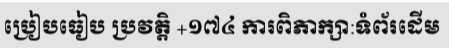
ប្រៀបធៀប ប្រវត្តិ +១៧៤ ការពិភាក្សា:ទំព័រដើម